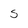
Character: s